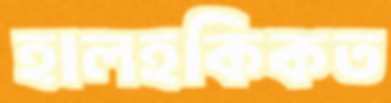
হালহকিকত